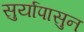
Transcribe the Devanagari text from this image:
सुर्यापासुन